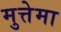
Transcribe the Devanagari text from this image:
मुत्तेमा